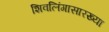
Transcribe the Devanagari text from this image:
शिवलिंगासारख्या